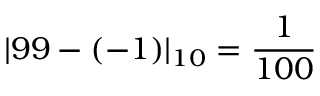
| 9 9 - ( - 1 ) | _ { 1 0 } = { \frac { 1 } { 1 0 0 } }